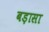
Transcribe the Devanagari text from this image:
बड़ासा